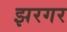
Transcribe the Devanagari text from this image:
झरगर